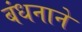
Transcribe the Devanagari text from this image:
बंधनाने